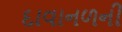
દાવાનળની